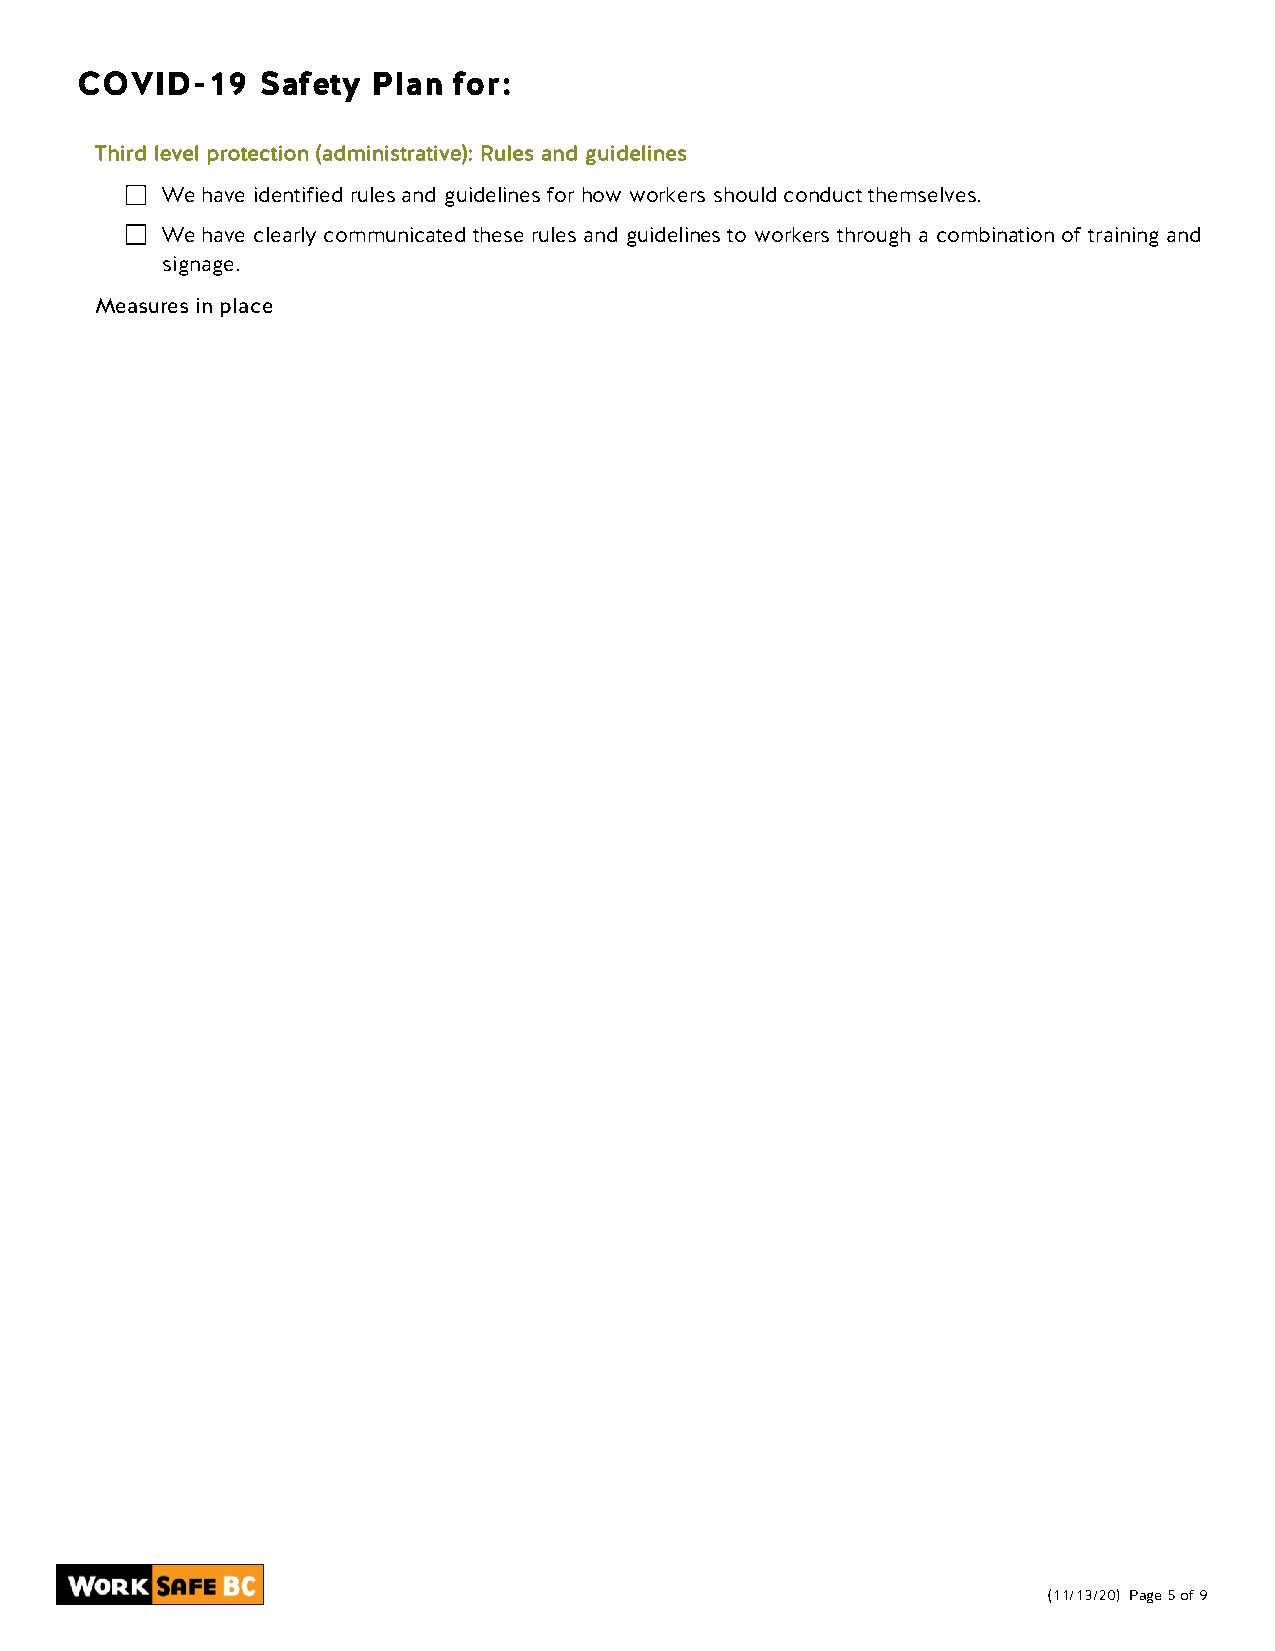
COVID-19    Safety  Plan for:
 Third level protection (administrative): Rules and guidelines
 We have identified rules and guidelines for how workers should conduct themselves.
 We have clearly communicated these rules and guidelines to workers through a combination of training and
 signage.
 Measures in place
 (11/13/20) Page 5 of 9